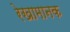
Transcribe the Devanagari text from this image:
रेखामानक